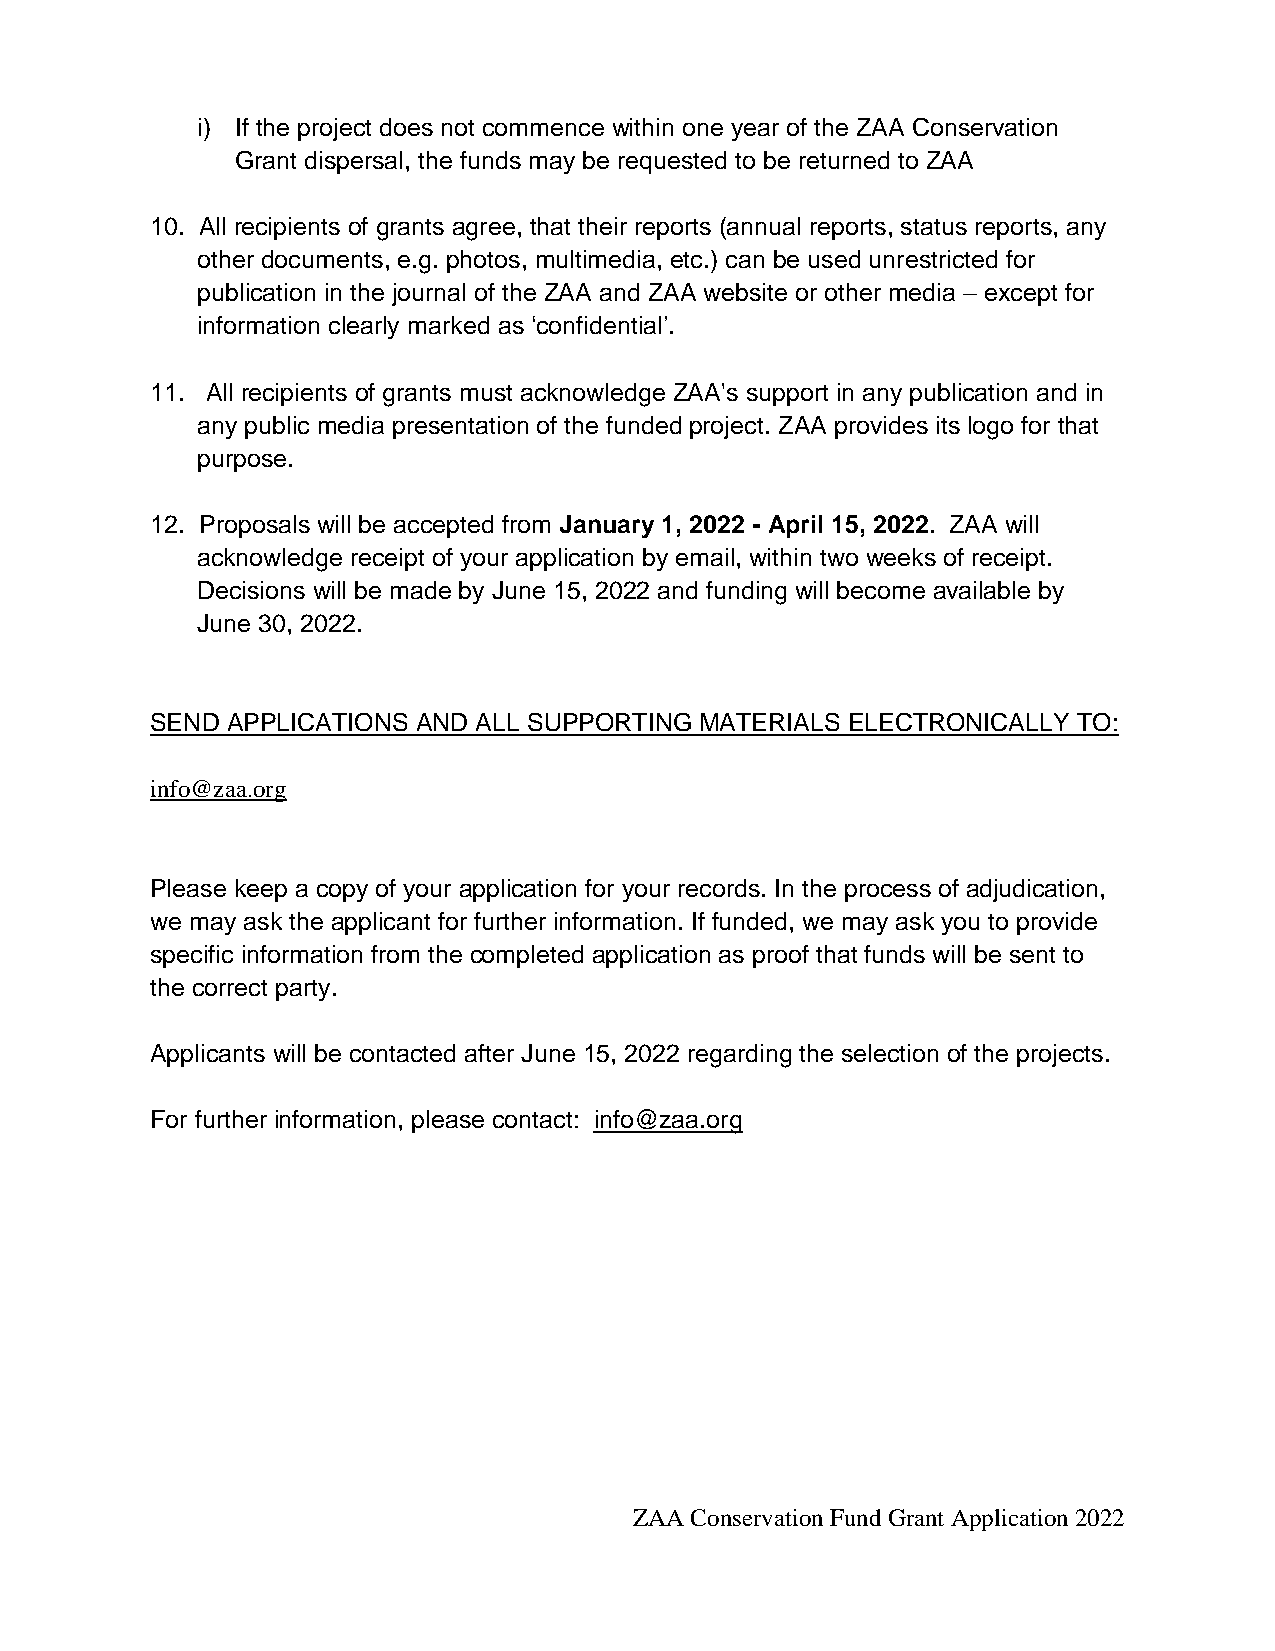
i) If the project does not commence within one year of the ZAA Conservation
 Grant dispersal, the funds may be requested to be returned to ZAA
 10. All recipients of grants agree, that their reports (annual reports, status reports, any
 other documents, e.g. photos, multimedia, etc.) can be used unrestricted for
 publication in the journal of the ZAA and ZAA website or other media – except for
 information clearly marked as ‘confidential’.
 11. All recipients of grants must acknowledge ZAA's support in any publication and in
 any public media presentation of the funded project. ZAA provides its logo for that
 purpose.
 12. Proposals will be accepted from January 1, 2022 - April 15, 2022. ZAA will
 acknowledge receipt of your application by email, within two weeks of receipt.
 Decisions will be made by June 15, 2022 and funding will become available by
 June 30, 2022.
 SEND APPLICATIONS AND ALL SUPPORTING MATERIALS ELECTRONICALLY TO:
 info@zaa.org
 Please keep a copy of your application for your records. In the process of adjudication,
 we may ask the applicant for further information. If funded, we may ask you to provide
 specific information from the completed application as proof that funds will be sent to
 the correct party.
 Applicants will be contacted after June 15, 2022 regarding the selection of the projects.
 For further information, please contact: info@zaa.org
 ZAA Conservation Fund Grant Application 2022